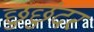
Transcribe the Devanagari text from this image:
छुछुंदर